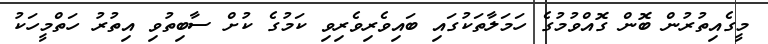
މީގެއިތުރުން ބޮން ގޮއްވުމުގެ ހަމަލާތަކުގައި ބައިވެރިވެރިވި ކަމުގެ ކުށް ސާބިތުވި އިތުރު ހަތްމީހަކު